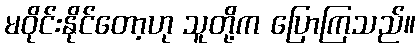
မဝိုင်းနိုင်တော့ဟု သူတို့က ပြောကြသည်။